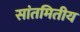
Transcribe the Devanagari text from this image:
सांतमितीय